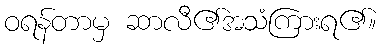
ဝရန်တာမှ ဆာလီ၏အသံကြားရ၏။